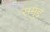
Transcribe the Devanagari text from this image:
समुद्द